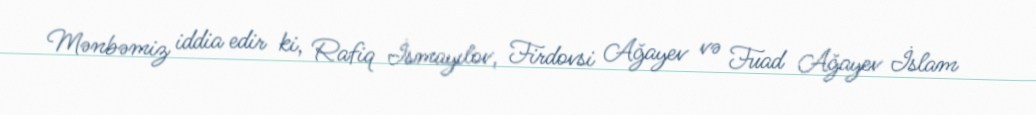
Mənbəmiz iddia edir ki, Rafiq İsmayılov, Firdovsi Ağayev və Fuad Ağayev İslam